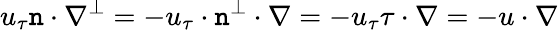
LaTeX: u_{\tau}\mathtt{n}\cdot\nabla^{\perp}=-u_{\tau}\cdot\mathtt{n}^{\perp}\cdot\nabla=-u_{\tau}\tau\cdot\nabla=-u\cdot\nabla